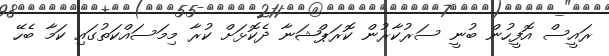
ރައީސް އޮފީހުން ބުނީ ސަރުކާރުން ކޮރަޕްޝަނާ ދެކޮޅަށް ކުރާ މިމަސައްކަތުގައި ކަމާ ބެހޭ